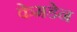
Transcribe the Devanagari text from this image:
केमडेन